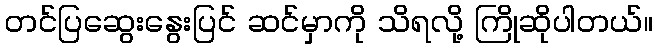
တင်ပြဆွေးနွေးပြင် ဆင်မှာကို သိရလို့ ကြိုဆိုပါတယ်။